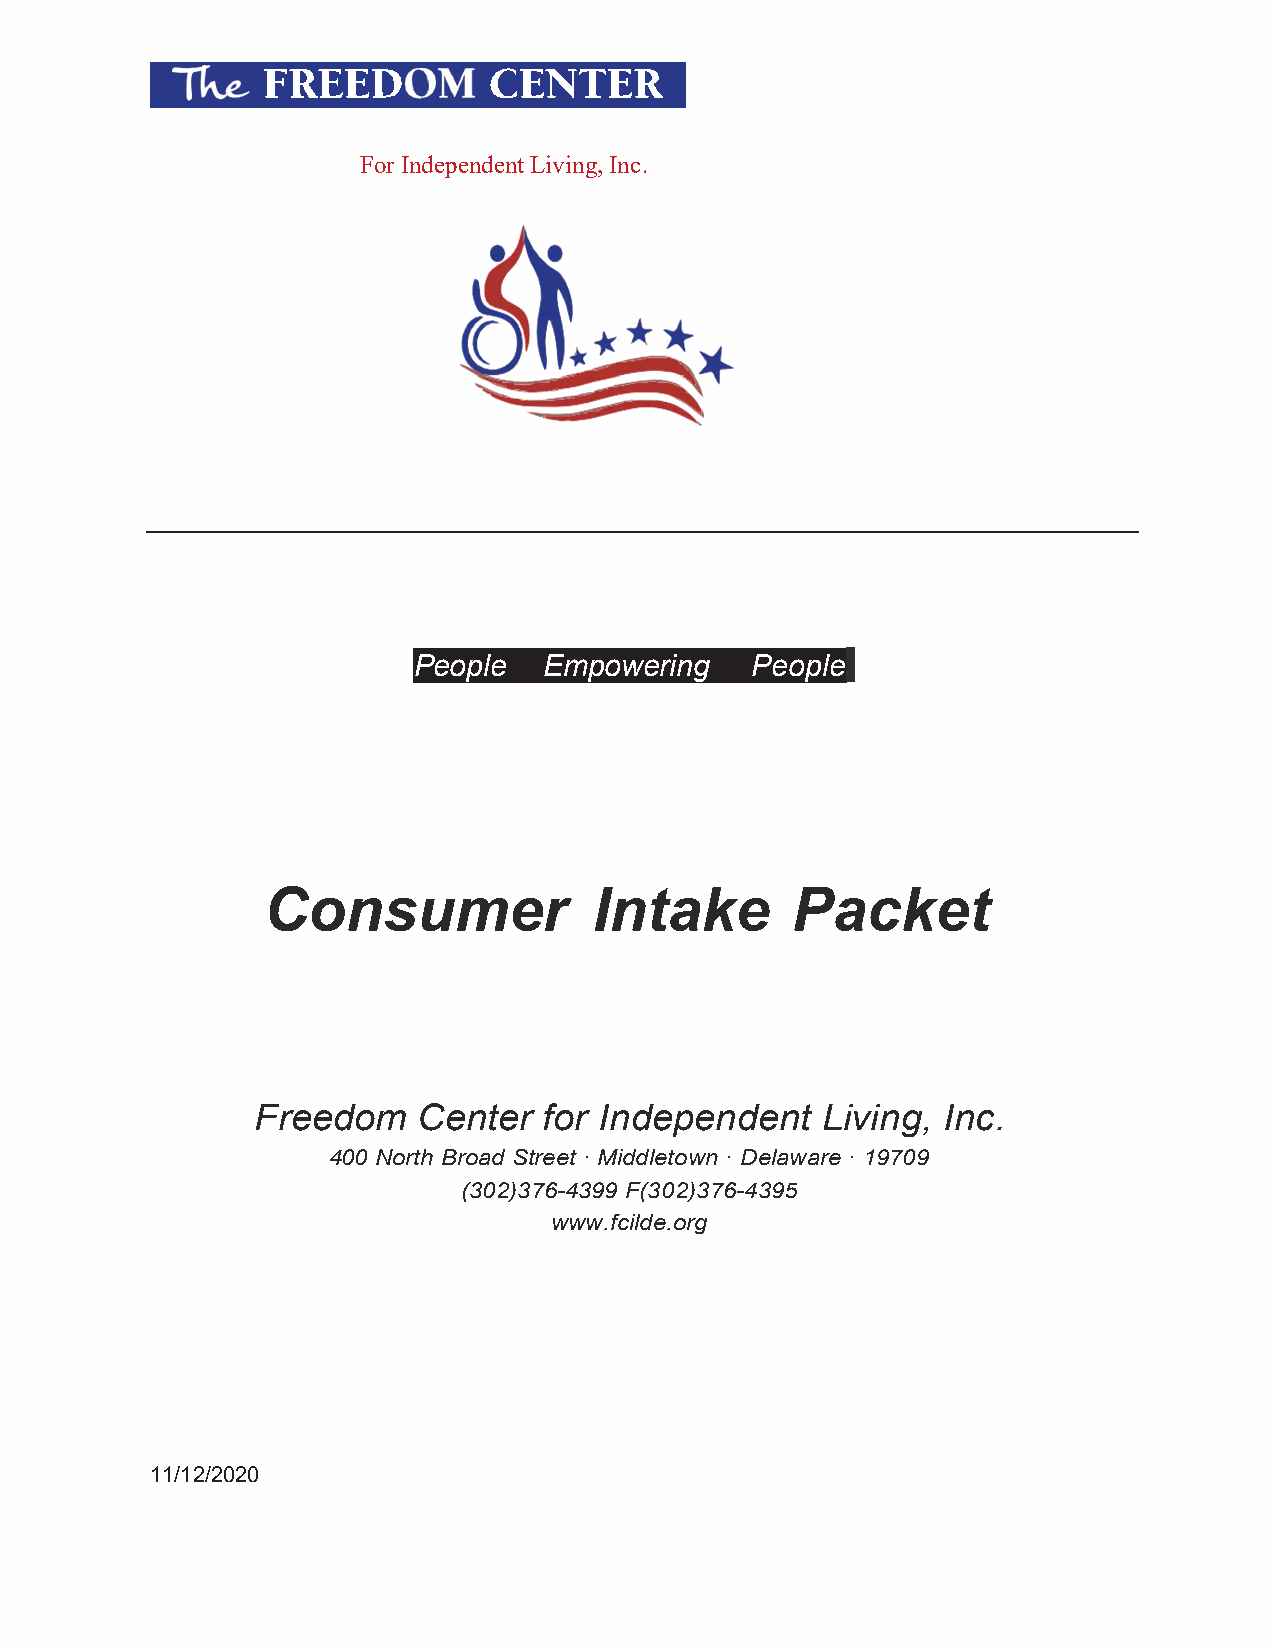
For Independent Living, Inc.
 People   Empowering    People
 Consumer              Intake       Packet
 Freedom    Center  for Independent   Living, Inc.
 400 North Broad Street · Middletown · Delaware · 19709
 (302)376-4399 F(302)376-4395
 www.fcilde.org
 11/12/2020